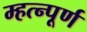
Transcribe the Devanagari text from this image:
म्हत्न्पूर्ण